Code of medical and sanitary regulations for the guidance of medical officers serving in the Madras Presidency - Volume I
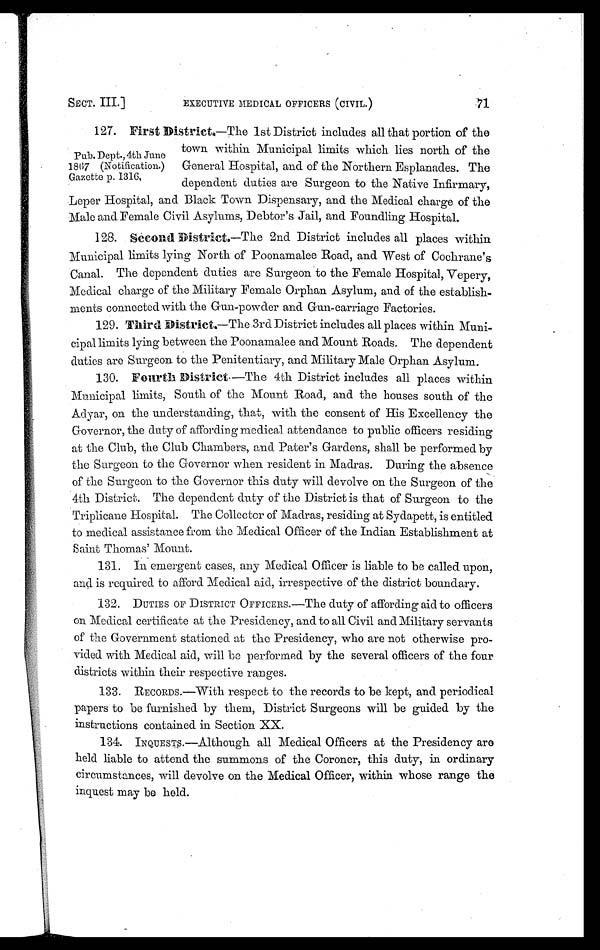
SECT. III.]
EXECUTIVE MEDICAL OFFICERS (CIVIL.)
71.
127. First District,—The 1st District includes all that portion of the
town within Municipal limits which lies north of the
Pub. Dept., 4th June
1867 (Notification.) General Hospital, and of the Northern Esplanades. The
Gazette p. 1316, dependent duties are Surgeon to the Native Infirmary,
Leper Hospital, and Black Town Dispensary, and the Medical charge of the
Male and Female Civil Asylums, Debtor's Jail, and Foundling Hospital.
128. Second District—The 2nd District includes all places within
Municipal limits lying North of Poonamalee Road, and West of Cochrane's
Canal. The dependent duties are Surgeon to the Female Hospital, Vepery,
Medical charge of the Military Female Orphan Asylum, and of the establish-
ments connected with the Gun-powder and Gun-carriage Factories.
129. Third Distriet.—The 3rd District includes all places within Muni-
cipal limits lying between the Poonamalee and Mount Roads. The dependent
duties are Surgeon to the Penitentiary, and Military Male Orphan Asylum.
130. Fourth District —The 4th District includes all places within
Municipal limits, South of the Mount Road, and the houses south of the
Adyar, on the understanding, that, with the consent of His Excellency the
Governor, the duty of affording medical attendance to public officers residing
at the Club, the Club Chambers, and Pater's Gardens, shall be performed by
the Surgeon to the Governor when resident in Madras. During the absence
of the Surgeon to the Governor this duty will devolve on the Surgeon of the
4th District. The dependent duty of the District is that of Surgeon to the
Triplicane Hospital. The Collector of Madras, residing at Sydapett, is entitled
to medical assistance from the Medical Officer of the Indian Establishment at
Saint Thomas' Mount.
131. In emergent cases, any Medical Officer is liable to be called upon,
and is required to afford Medical aid, irrespective of the district boundary.
132. DUTIES OF DISTRICT OFFICERS.—The duty of affording aid to officers
on Medical certificate at the Presidency, and to all Civil and Military servants
of the Government stationed at the Presidency, who are not otherwise pro
-vided with Medical aid, will be performed by the several officers of the four
districts within their respective ranges.
133. RECORDS.—With respect to the records to be kept, and periodical
papers to be furnished by them, District Surgeons will be guided by the
instructions contained in Section XX.
134. INQUESTS.—Although all Medical Officers at the Presidency are
held liable to attend the summons of the Coroner, this duty, in ordinary
circumstances, will devolve on the Medical Officer, within whose range the
inquest may be held.